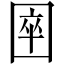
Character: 𡇻